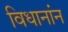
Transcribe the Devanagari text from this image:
विधानांन